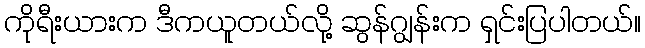
ကိုရီးယားက ဒီကယူတယ်လို့ ဆွန်ဂျွန်းက ရှင်းပြပါတယ်။